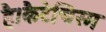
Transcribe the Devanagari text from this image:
है।कैटेचिस्म